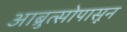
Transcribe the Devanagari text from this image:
आब्रुत्सोपासून